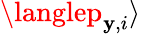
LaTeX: \langlep_{\mathbf{y},i}\rangle